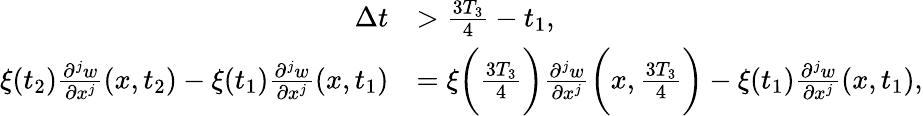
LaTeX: \begin{array}{rl}{\Delta t}&{>\frac{3T_{3}}{4}-t_{1},}\\ {\xi(t_{2})\frac{\partial^{j}w}{\partial x^{j}}(x,t_{2})-\xi(t_{1})\frac{\partial^{j}w}{\partial x^{j}}(x,t_{1})}&{=\xi\bigg(\frac{3T_{3}}{4}\bigg)\frac{\partial^{j}w}{\partial x^{j}}\bigg(x,\frac{3T_{3}}{4}\bigg)-\xi(t_{1})\frac{\partial^{j}w}{\partial x^{j}}(x,t_{1}),}\end{array}